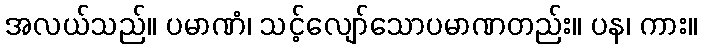
အလယ်သည်။ ပမာဏံ၊ သင့်လျော်သောပမာဏတည်း။ ပန၊ ကား။